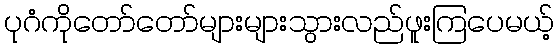
ပုဂံကိုတော်တော်များများသွားလည်ဖူးကြပေမယ့်